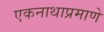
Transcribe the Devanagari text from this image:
एकनाथाप्रमाणे